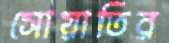
সোয়াতির